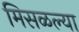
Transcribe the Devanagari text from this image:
मिसळल्या